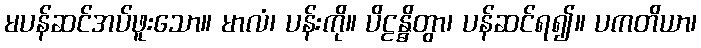
မပန်ဆင်အပ်ဖူးသော။ မာလံ၊ ပန်းကို။ ပိဠန္ဓိတွာ၊ ပန်ဆင်ရ၍။ ပကတိယာ၊